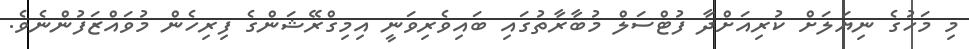
މި މަހުގެ ނިޔަލަށް ކުރިއަށްދާ ފުޓްސަލް މުބާރާތުގައި ބައިވެރިވަނީ އިމިގްރޭޝަންގެ ފިރިހެން މުވައްޒަފުންނެވެ.